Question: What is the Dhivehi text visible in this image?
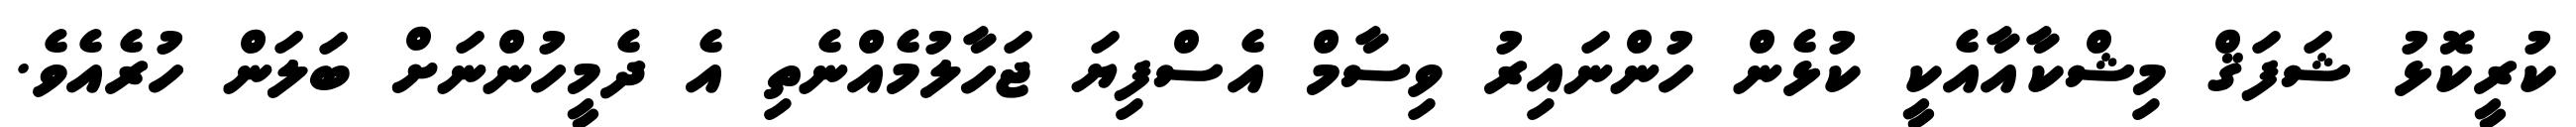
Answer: ކުރީކޮޅު ޝަފަޤް މިޝްކާއާއެކީ ކުޅެން ހުންނައިރު ވިސާމް އެސްފިޔަ ޖަހާލުމެއްނެތި އެ ދެމީހުންނަށް ބަލަން ހުރެއެވެ.